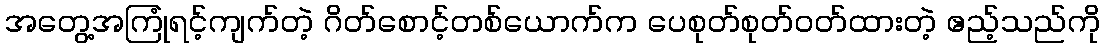
အတွေ့အကြုံရင့်ကျက်တဲ့ ဂိတ်စောင့်တစ်ယောက်က ပေစုတ်စုတ်ဝတ်ထားတဲ့ ဧည့်သည်ကို